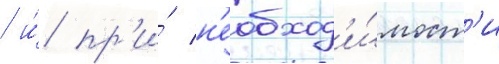
/ и́ пр'и́ н'еобход'и́мост'и